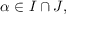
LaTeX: \alpha \in I \cap J ,